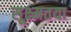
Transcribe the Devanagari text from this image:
सूक्ष्मतया